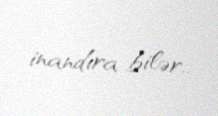
inandıra bilər..